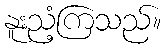
နူးညံ့ကြသည်။